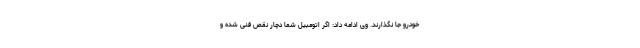
خودرو جا نگذارند. وی ادامه داد: اگر اتومبیل شما دچار نقص فنی شده و